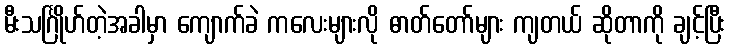
မီးသင်္ဂြိုဟ်တဲ့အခါမှာ ကျောက်ခဲ ကလေးများလို ဓာတ်တော်များ ကျတယ် ဆိုတာကို ချင့်ပြီး